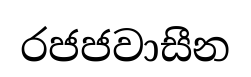
රජජවාසීන